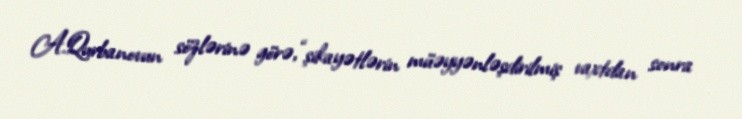
A.Qurbanovun sözlərinə görə, “şikayətlərin müəyyənləşdirilmiş vaxtdan sonra